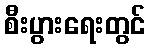
စီးပွားရေးတွင်